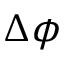
\Delta \phi